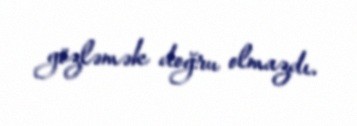
gözləmək doğru olmazdı.